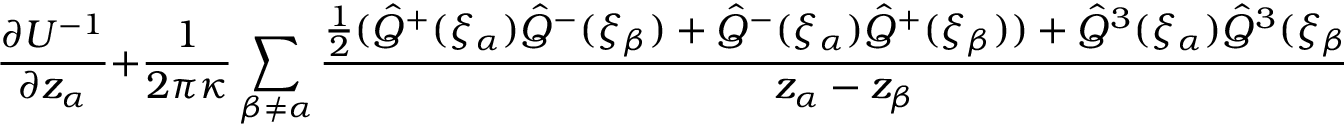
\frac { \partial U ^ { - 1 } } { \partial z _ { \alpha } } + { \frac { 1 } { 2 \pi \kappa } } \sum _ { \beta \neq \alpha } \frac { \frac { 1 } { 2 } ( \hat { Q } ^ { + } ( \xi _ { \alpha } ) \hat { Q } ^ { - } ( \xi _ { \beta } ) + \hat { Q } ^ { - } ( \xi _ { \alpha } ) \hat { Q } ^ { + } ( \xi _ { \beta } ) ) + \hat { Q } ^ { 3 } ( \xi _ { \alpha } ) \hat { Q } ^ { 3 } ( \xi _ { \beta } ) } { z _ { \alpha } - z _ { \beta } } U ^ { - 1 } = 0